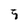
Character: 5